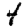
Digit: 4